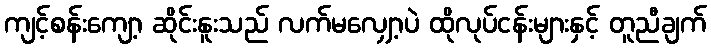
ကျင့်စန်းကျော့ ဆိုင်းနူးသည် လက်မလျှော့ပဲ ထိုလုပ်ငန်းများနှင့် တူညီချက်